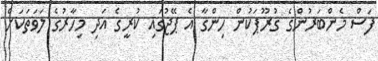
ފަސް މެންބަރުންގެ ގުރޫޕަކުން ހިންގާ އެ ޕޭޖުގައި ކުރީގެ އަދި މިހާރުގެ ލަވަތަކަށް